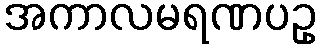
အကာလမရဏပဥှ